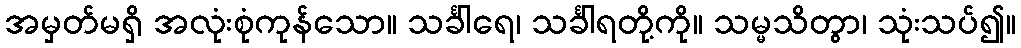
အမှတ်မရှိ အလုံးစုံကုန်သော။ သင်္ခါရေ၊ သင်္ခါရတို့ကို။ သမ္မသိတွာ၊ သုံးသပ်၍။